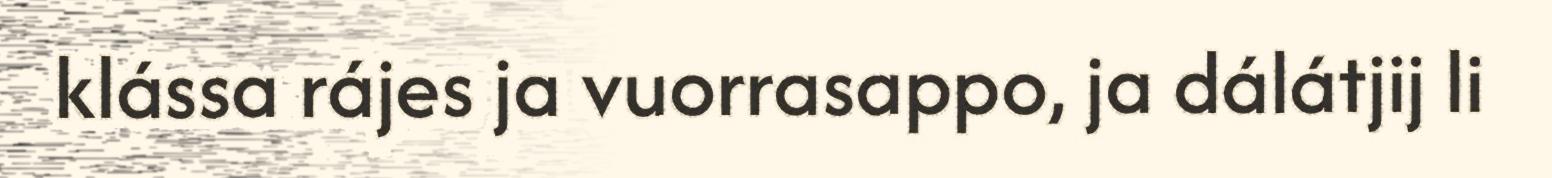
klássa rájes ja vuorrasappo, ja dálátjij li